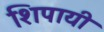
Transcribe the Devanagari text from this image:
शिपायी